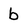
Character: b